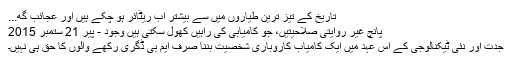
تاریخ کے تیز ترین طیاروں میں سے بیشتر اب ریٹائر ہو چکے ہیں اور عجائب گھ...
پانچ غیر روایتی صلاحیتیں، جو کامیابی کی راہیں کھول سکتی ہیں وجود - پیر 21 ستمبر 2015
جدت اور نئی ٹیکنالوجی کے اِس عہد میں ایک کامیاب کاروباری شخصیت بننا صرف ایم بی ڈگری رکھے والوں کا حق ہی نہیں۔